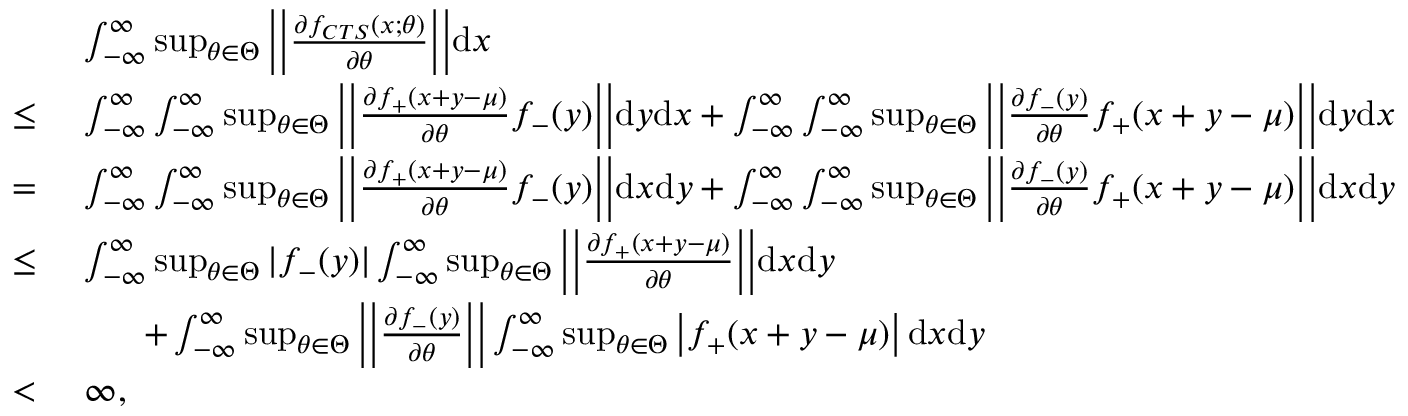
\begin{array} { r l } & { \ \int _ { - \infty } ^ { \infty } \operatorname* { s u p } _ { \theta \in \Theta } \bigg | \bigg | \frac { \partial f _ { C T S } ( x ; \theta ) } { \partial \theta } \bigg | \bigg | \mathrm { d } x } \\ { \le } & { \ \int _ { - \infty } ^ { \infty } \int _ { - \infty } ^ { \infty } \operatorname* { s u p } _ { \theta \in \Theta } \bigg | \bigg | \frac { \partial f _ { + } ( x + y - \mu ) } { \partial \theta } f _ { - } ( y ) \bigg | \bigg | \mathrm { d } y \mathrm { d } x + \int _ { - \infty } ^ { \infty } \int _ { - \infty } ^ { \infty } \operatorname* { s u p } _ { \theta \in \Theta } \bigg | \bigg | \frac { \partial f _ { - } ( y ) } { \partial \theta } f _ { + } ( x + y - \mu ) \bigg | \bigg | \mathrm { d } y \mathrm { d } x } \\ { = } & { \ \int _ { - \infty } ^ { \infty } \int _ { - \infty } ^ { \infty } \operatorname* { s u p } _ { \theta \in \Theta } \bigg | \bigg | \frac { \partial f _ { + } ( x + y - \mu ) } { \partial \theta } f _ { - } ( y ) \bigg | \bigg | \mathrm { d } x \mathrm { d } y + \int _ { - \infty } ^ { \infty } \int _ { - \infty } ^ { \infty } \operatorname* { s u p } _ { \theta \in \Theta } \bigg | \bigg | \frac { \partial f _ { - } ( y ) } { \partial \theta } f _ { + } ( x + y - \mu ) \bigg | \bigg | \mathrm { d } x \mathrm { d } y } \\ { \le } & { \ \int _ { - \infty } ^ { \infty } \operatorname* { s u p } _ { \theta \in \Theta } | f _ { - } ( y ) | \int _ { - \infty } ^ { \infty } \operatorname* { s u p } _ { \theta \in \Theta } \bigg | \bigg | \frac { \partial f _ { + } ( x + y - \mu ) } { \partial \theta } \bigg | \bigg | \mathrm { d } x \mathrm { d } y } \\ & { \qquad + \int _ { - \infty } ^ { \infty } \operatorname* { s u p } _ { \theta \in \Theta } \bigg | \bigg | \frac { \partial f _ { - } ( y ) } { \partial \theta } \bigg | \bigg | \int _ { - \infty } ^ { \infty } \operatorname* { s u p } _ { \theta \in \Theta } \left| f _ { + } ( x + y - \mu ) \right| \mathrm { d } x \mathrm { d } y } \\ { < } & { \ \infty , } \end{array}